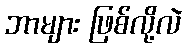
ဘာများ ဖြစ်လို့လဲ